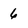
Character: 6